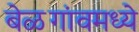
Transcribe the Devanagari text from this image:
बेळगांवमध्ये